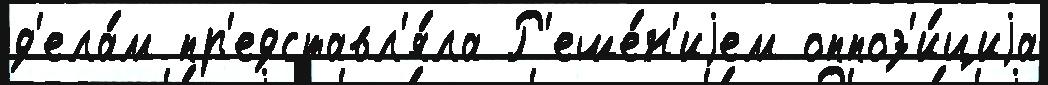
д'ела́м пр'едставл'я́ла Р'еше́н'иjем оппоз'и́циjа